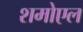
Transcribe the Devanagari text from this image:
शमोएल